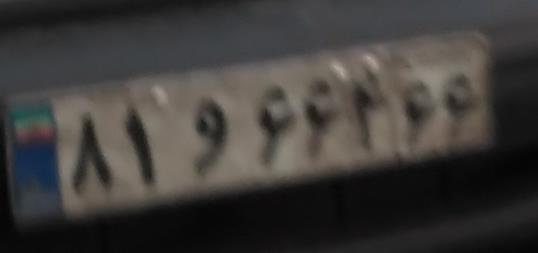
۸۱و۶۶۴۶۶